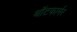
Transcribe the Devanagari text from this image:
थॉटफार्मर